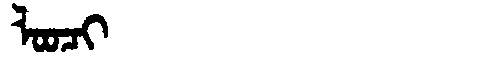
Manchu: ᠯᠣᠣᠴᡳ
Romanization: LOOCI